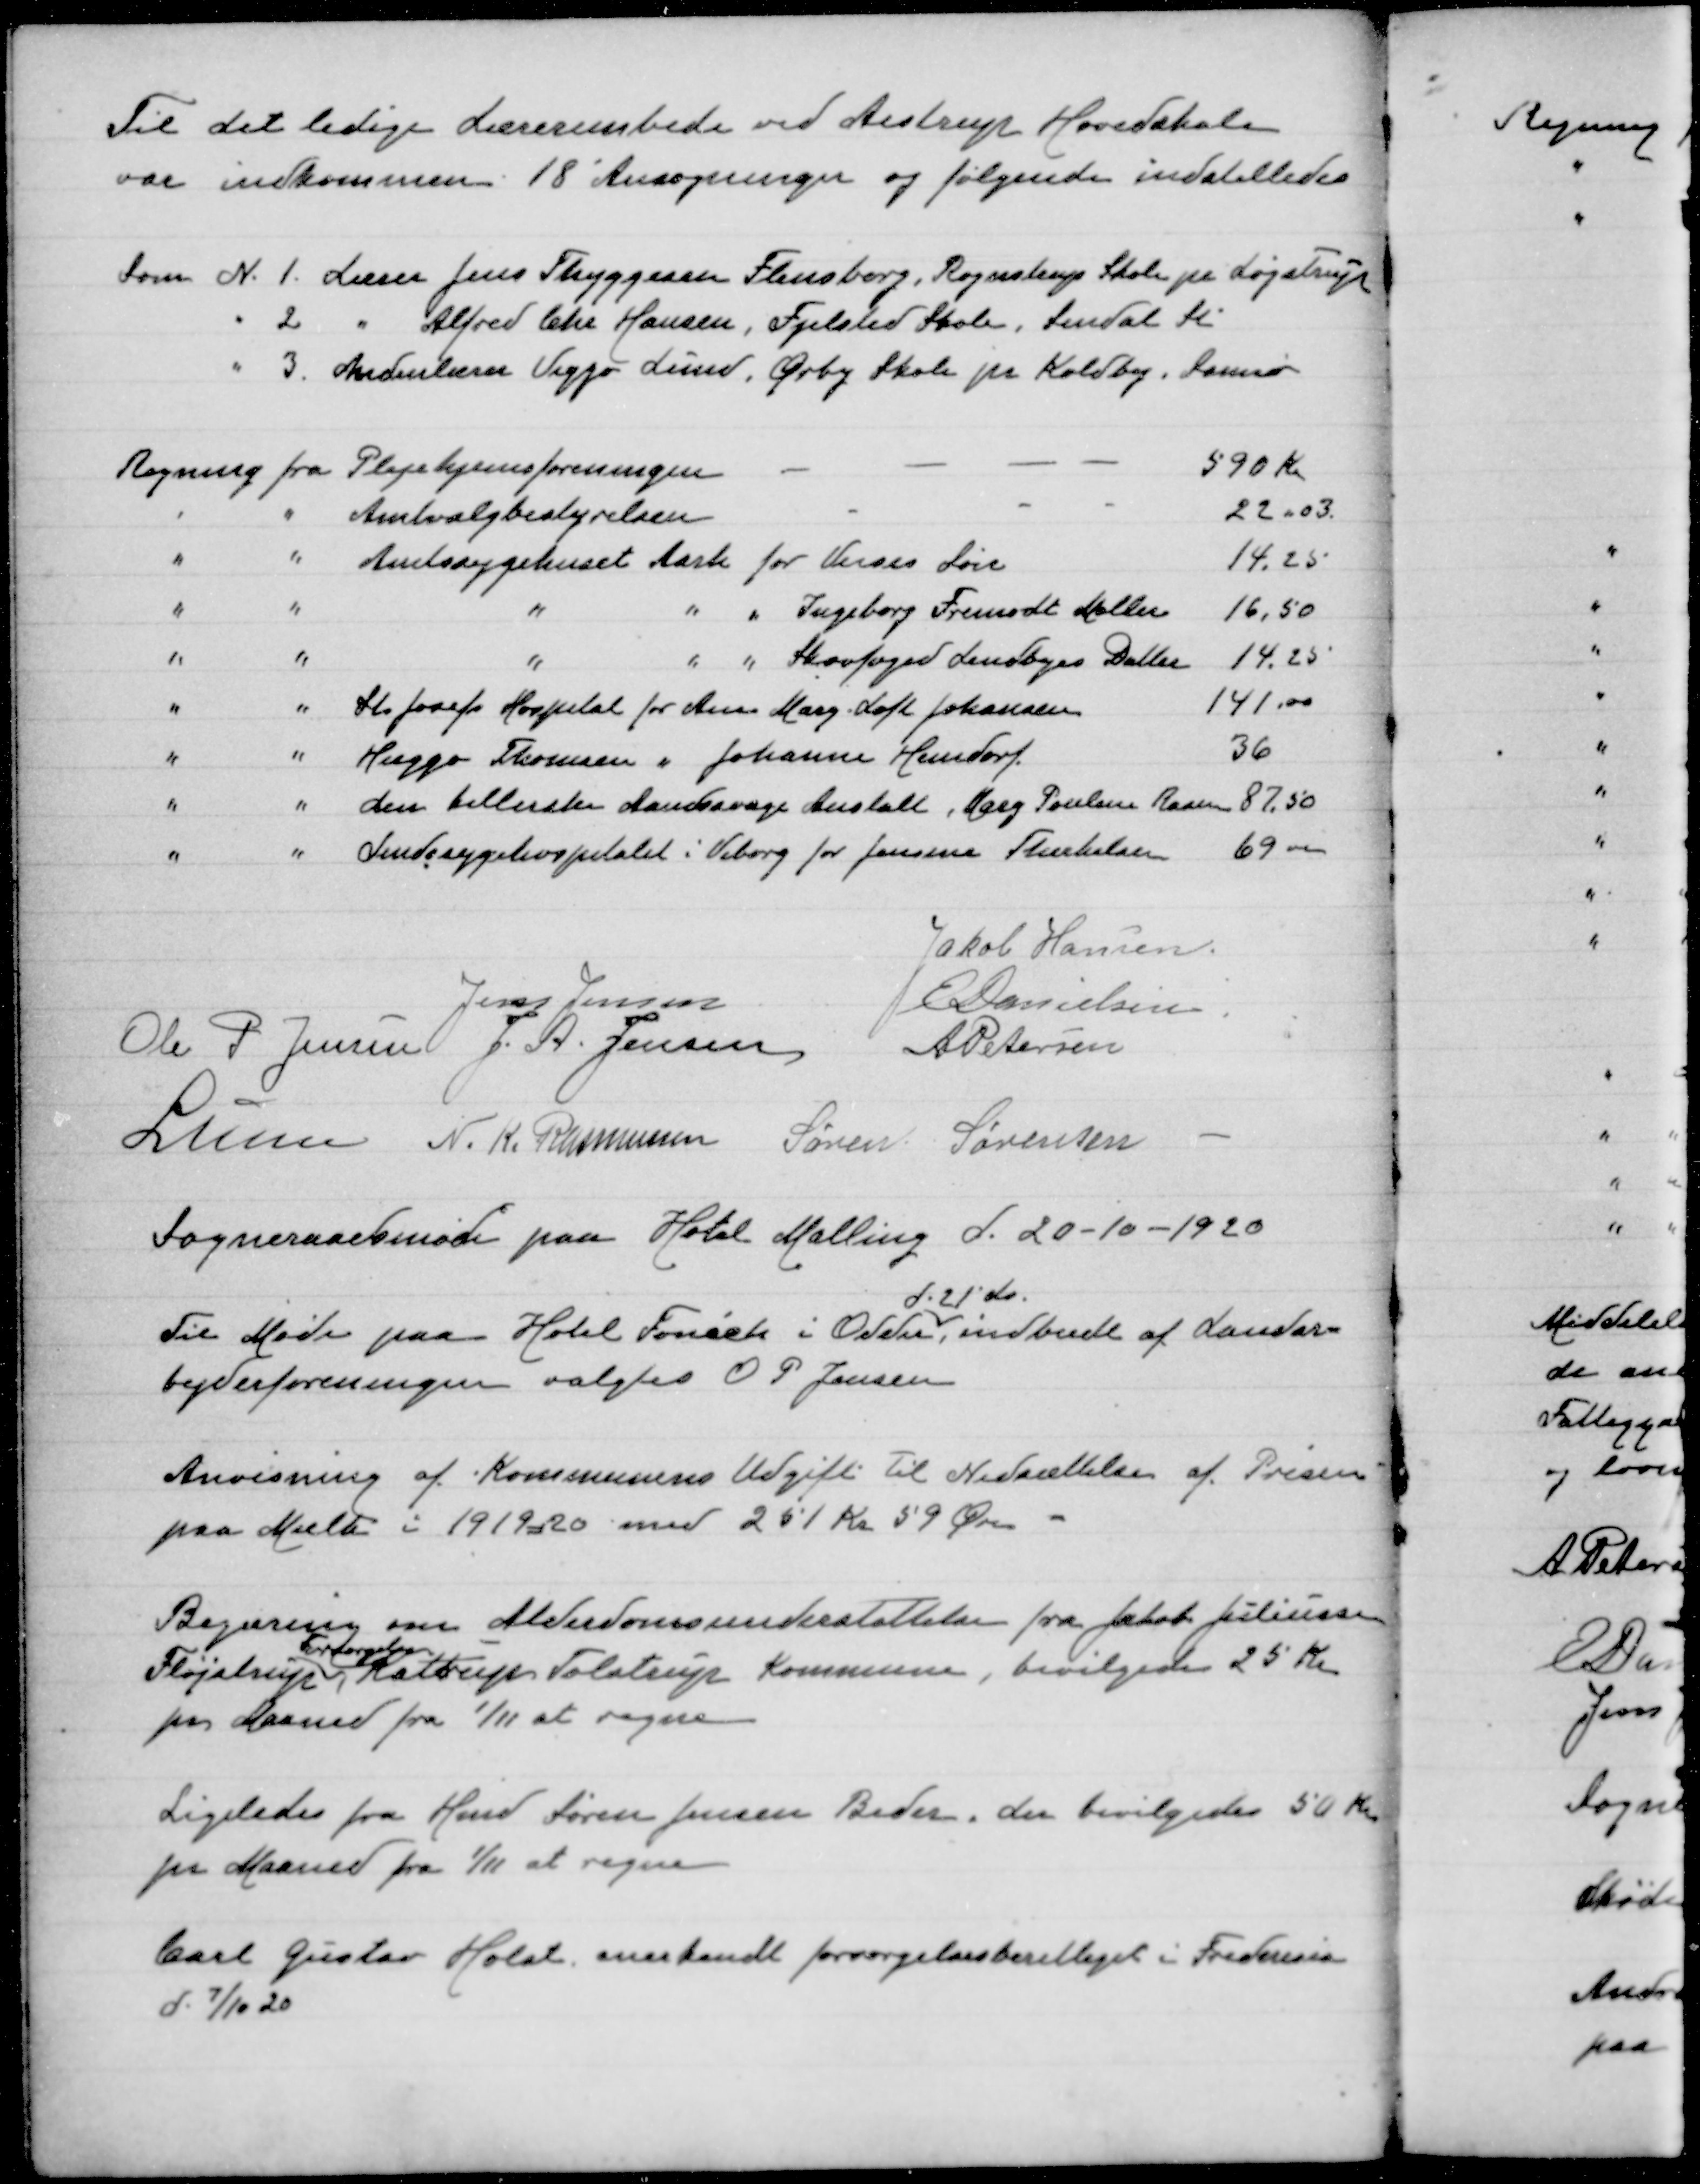
Transskription:
Til det ledige Lærerembede ved Aistrup Hovedskole
var indkommen 18 Ansøgninger og følgende indstilledes

Som N. 1. Lærer Jens Thyggesen Flensborg , Rogenstrup Skole pr. Løjstrup
" 2. " Alfred Chr Hansen, Fjelsted Skole Sindal St
" 3. Andenlærer Viggo Lund, Ørby Skole pr. Koldby, Samsø

Jakob Hansen
Jens Jensen
E Danielsen
Ole P. Jensen
J. A. Jensen
A Petersen
Lunn
N. K. Rasmussen
Søren Sørensen

Sogneraadsmøde paa Hotel Malling d. 20-10-1920

Til Møde paa Hotel Foniets i Odder
d. 21' ds.
,indbudt af Landar-
bejderforeningen valgtes O P Jensen

Anvisning af Kommununens Udgift til Nedsættelse af Prisen
paa Mælk i 1919-20 med 251 Kr 59 Øre

Begæring om Alderdomsunderstøttelse fra Jakob Juliusen
Fløjstrup
Forsørgelse
Kattrup Tolstrup Kommune, bevilgedes 25 Kr
per Maaned fra 1/11 at regne

Ligeledes fra Hmd Søren Jensen Beder, der bevilgedes 50 Kr
pr Maaned fra 1/11 at regne

Carl Gustav Holst anerkendt forsørgelsesberettiget i Fredericia
d- 7/10 20